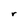
Character: r